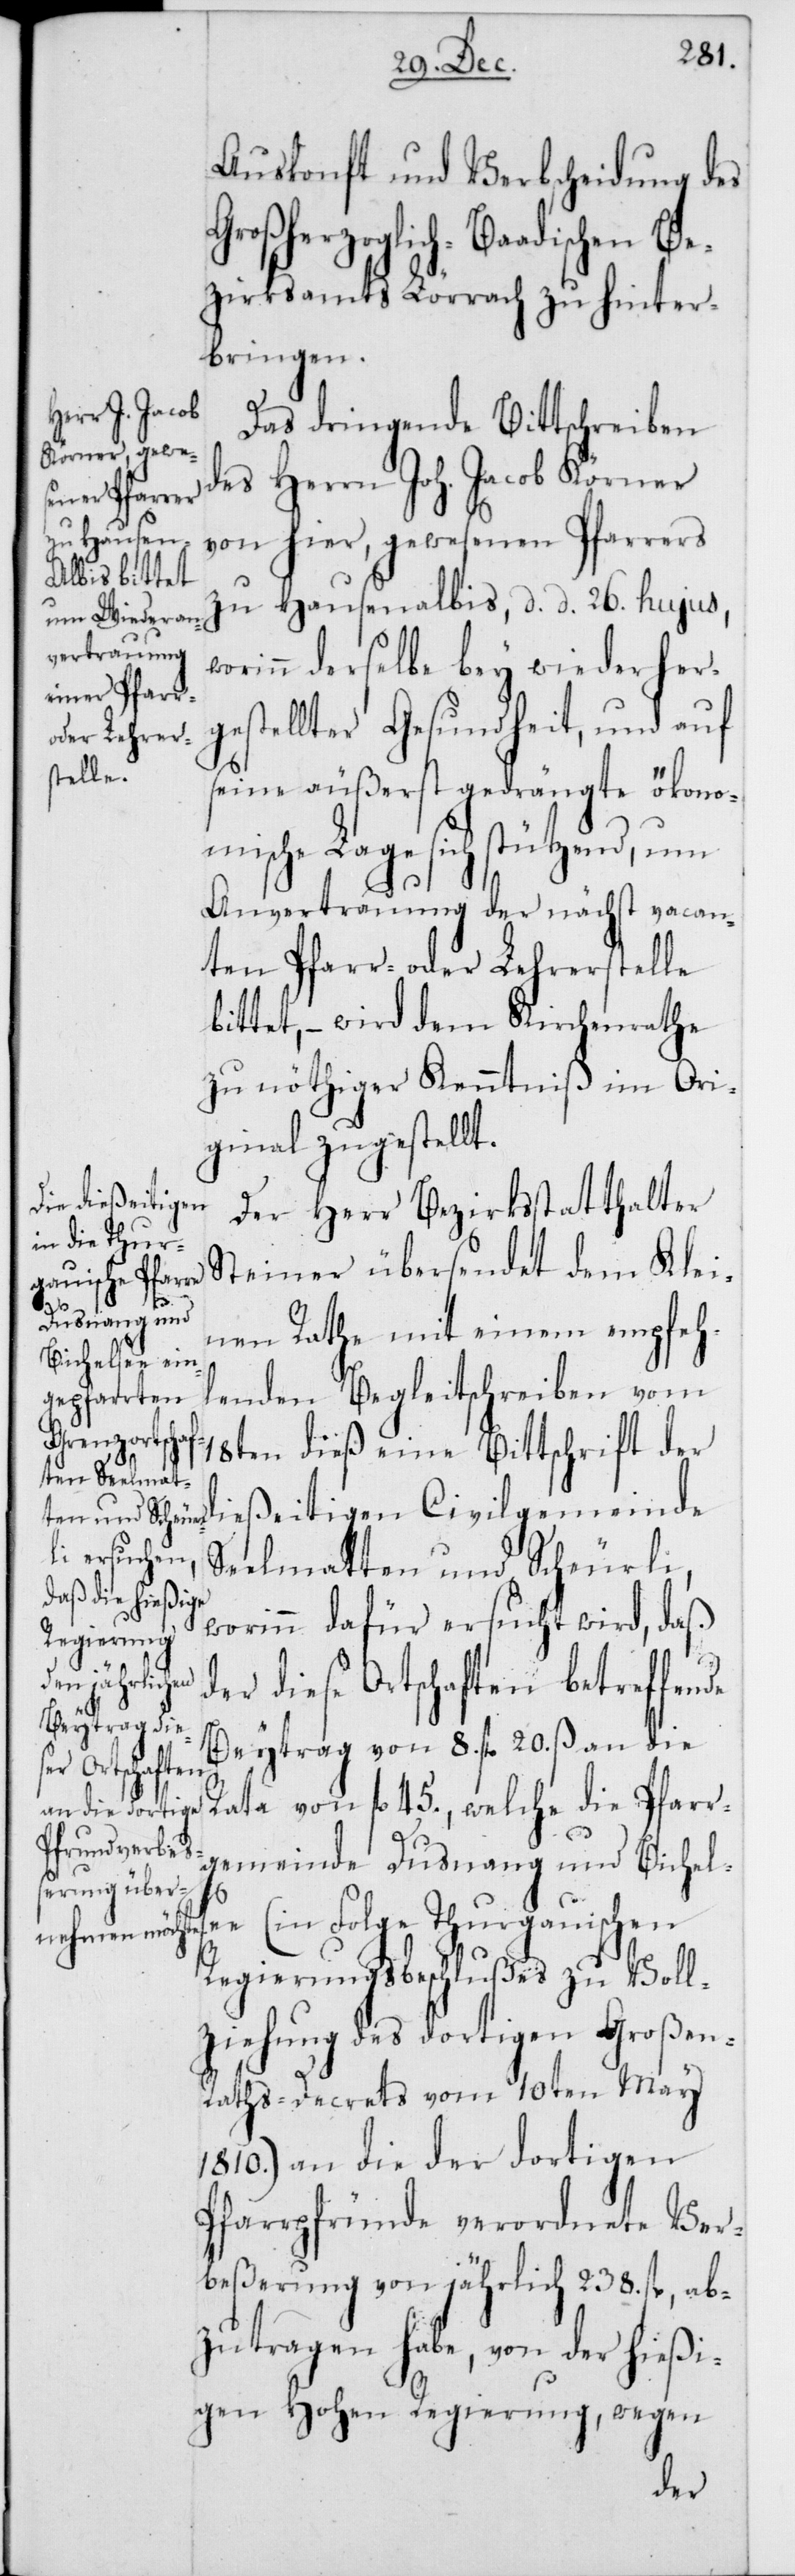
Auskonft und Verbscheidung des
Großherzoglich-Baadischen Be¬
zirksamts Lörrach zu hinter¬
bringen.
Das dringende Bittschreiben
des Herrn Joh. Jacob Körner
von hier, gewesenen Pfarrers
zu Hausenalbis, d. d. 26sten hujus,
worinn derselbe bey wiederher¬
gestellter Gesundheit, und auf
seine äußerst gedrängte ökono¬
mische Lage sich stützend, um
Anvertrauung der nächst vacan¬
ten Pfarr- oder Lehrerstelle
bittet, – wird dem Kirchenrathe
zu nöthiger Kenntniß im Ori¬
ginal zugestellt.
Der Herr Bezirksstatthalter
Steiner übersendet dem Klei¬
nen Rathe mit einem empfeh¬
lenden Begleitschreiben vom
18ten dieß eine Bittschrift der
dießeitigen Civilgemeinde
Seelmatten und Scheurli,
worinn dafür ersucht wird, daß
der diese Ortschaften betreffen¬
Beytrag von 8. fl. 20. ß an die
Rata von fl. 45., welche die Pfarr¬
gemeinde Dusnang und Bichels¬
ee (in Folge Thurgauischen
Regierungsbeschlußes zu Voll¬
ziehung des dortigen Großen-R¬
aths-Decrets vom 10ten May
1810.) an die der dortigen
Pfarrpründe verordnete Ver¬
beßerung von jährlich 238. fl., ab¬
zutragen habe, von der hießi¬
gen Hohen Regierung, wegen
de